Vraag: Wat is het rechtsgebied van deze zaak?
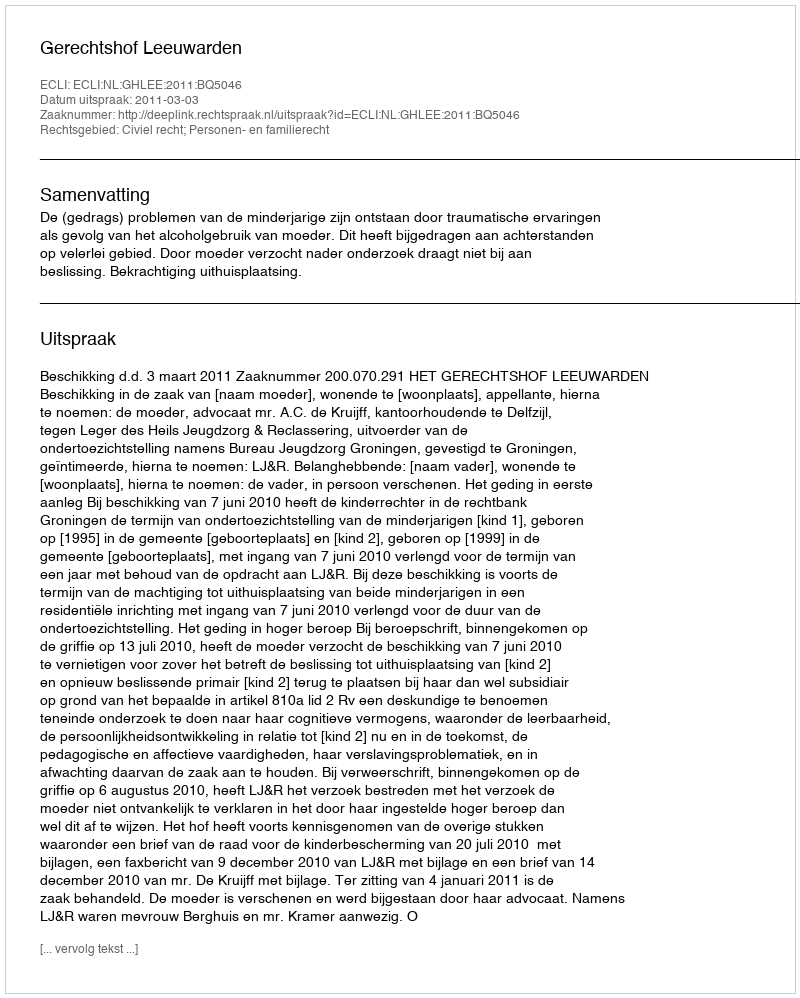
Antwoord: Civiel recht; Personen- en familierecht